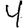
Digit: 4